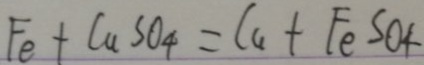
F e + C u S O _ { 4 } = C u + F e S O _ { 4 }